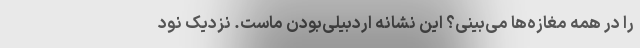
را در همه مغازه‌ها می‌بینی؟ این نشانه اردبیلی‌بودن ماست. نزدیک نود